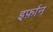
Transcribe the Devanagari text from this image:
इर्फ़ान